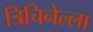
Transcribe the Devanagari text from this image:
त्रिचिनेल्ला